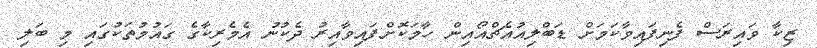
ޒިކާ ވައިރަސް ފެނިފައިވާކަމަށް ޑަބްލިއުއެޗްއޯއިން ހާމަކޮށްފައިވާއިރު ދެކުނު އެމެރިކާގެ ގައުމުތަކުގައި މި ބަލި